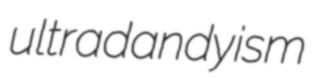
ultradandyism